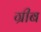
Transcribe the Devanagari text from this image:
ग्रीब